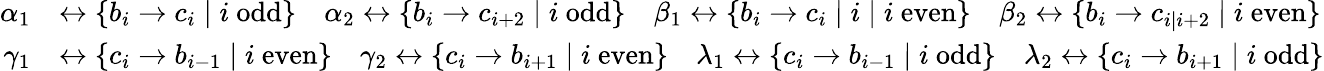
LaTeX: \begin{array}{rl}{\alpha_{1}}&{\leftrightarrow\{ b_{i}\to c_{i}\mid i\mathrm{~odd}\} \quad\alpha_{2}\leftrightarrow\{ b_{i}\to c_{i+2}\mid i\mathrm{~odd}\} \quad\beta_{1}\leftrightarrow\{ b_{i}\to c_{i}\mid i\mid i\mathrm{~even}\} \quad\beta_{2}\leftrightarrow\{ b_{i}\to c_{i\mid i+2}\mid i\mathrm{~even}\} }\\ {\gamma_{1}}&{\leftrightarrow\{ c_{i}\to b_{i-1}\mid i\mathrm{~even}\} \quad\gamma_{2}\leftrightarrow\{ c_{i}\to b_{i+1}\mid i\mathrm{~even}\} \quad\lambda_{1}\leftrightarrow\{ c_{i}\to b_{i-1}\mid i\mathrm{~odd}\} \quad\lambda_{2}\leftrightarrow\{ c_{i}\to b_{i+1}\mid i\mathrm{~odd}\} }\end{array}